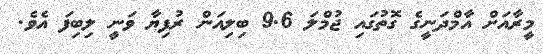
މީރާއަށް އާމްދަނީގެ ގޮތުގައި ޖުމްލަ 9.6 ބިލިއަން ރުފިޔާ ވަނީ ލިބިފަ އެވެ.